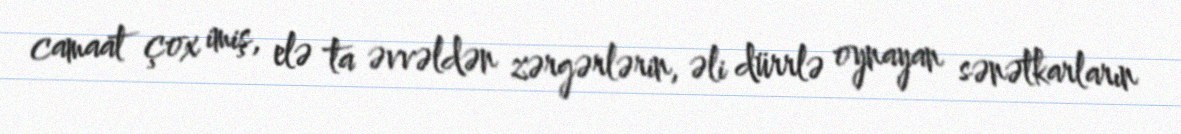
camaat çox imiş, elə ta əvvəldən zərgərlərin, əli dürrlə oynayan sənətkarların